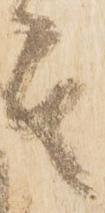
其